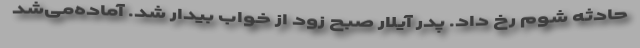
حادثه شوم رخ داد. پدر آیلار صبح زود از خواب بیدار شد. آماده‌می‌شد